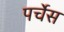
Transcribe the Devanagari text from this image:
पर्चेस